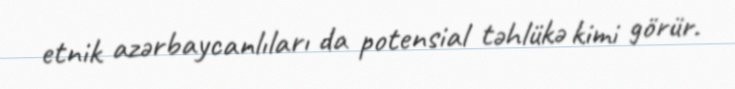
etnik azərbaycanlıları da potensial təhlükə kimi görür.